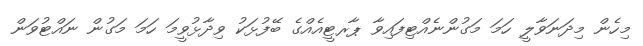
މިހެން މިދަނަވާލީ ހަމަ މަގުންނެއްޓިފައިވާ ޕާރޓީއެއްގެ ބޭފުޅަކު ވިދާޅުވީމަ ހަމަ މަގުން ނައްޓުވަން